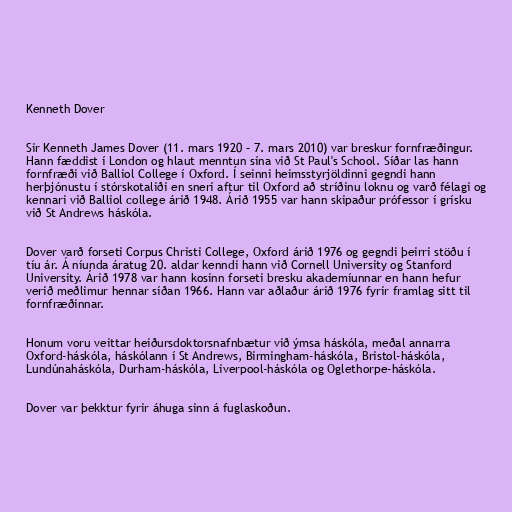
Kenneth Dover

Sir Kenneth James Dover (11. mars 1920 – 7. mars 2010) var breskur fornfræðingur.
Hann fæddist í London og hlaut menntun sína við St Paul's School. Síðar las hann
fornfræði við Balliol College í Oxford. Í seinni heimsstyrjöldinni gegndi hann
herþjónustu í stórskotaliði en sneri aftur til Oxford að stríðinu loknu og varð félagi og
kennari við Balliol college árið 1948. Árið 1955 var hann skipaður prófessor í grísku
við St Andrews háskóla.

Dover varð forseti Corpus Christi College, Oxford árið 1976 og gegndi þeirri stöðu í
tíu ár. Á níunda áratug 20. aldar kenndi hann við Cornell University og Stanford
University. Árið 1978 var hann kosinn forseti bresku akademíunnar en hann hefur
verið meðlimur hennar síðan 1966. Hann var aðlaður árið 1976 fyrir framlag sitt til
fornfræðinnar.

Honum voru veittar heiðursdoktorsnafnbætur við ýmsa háskóla, meðal annarra
Oxford-háskóla, háskólann í St Andrews, Birmingham-háskóla, Bristol-háskóla,
Lundúnaháskóla, Durham-háskóla, Liverpool-háskóla og Oglethorpe-háskóla.

Dover var þekktur fyrir áhuga sinn á fuglaskoðun.